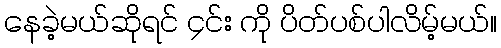
နေခဲ့မယ်ဆိုရင် ၄င်း ကို ပိတ်ပစ်ပါလိမ့်မယ်။